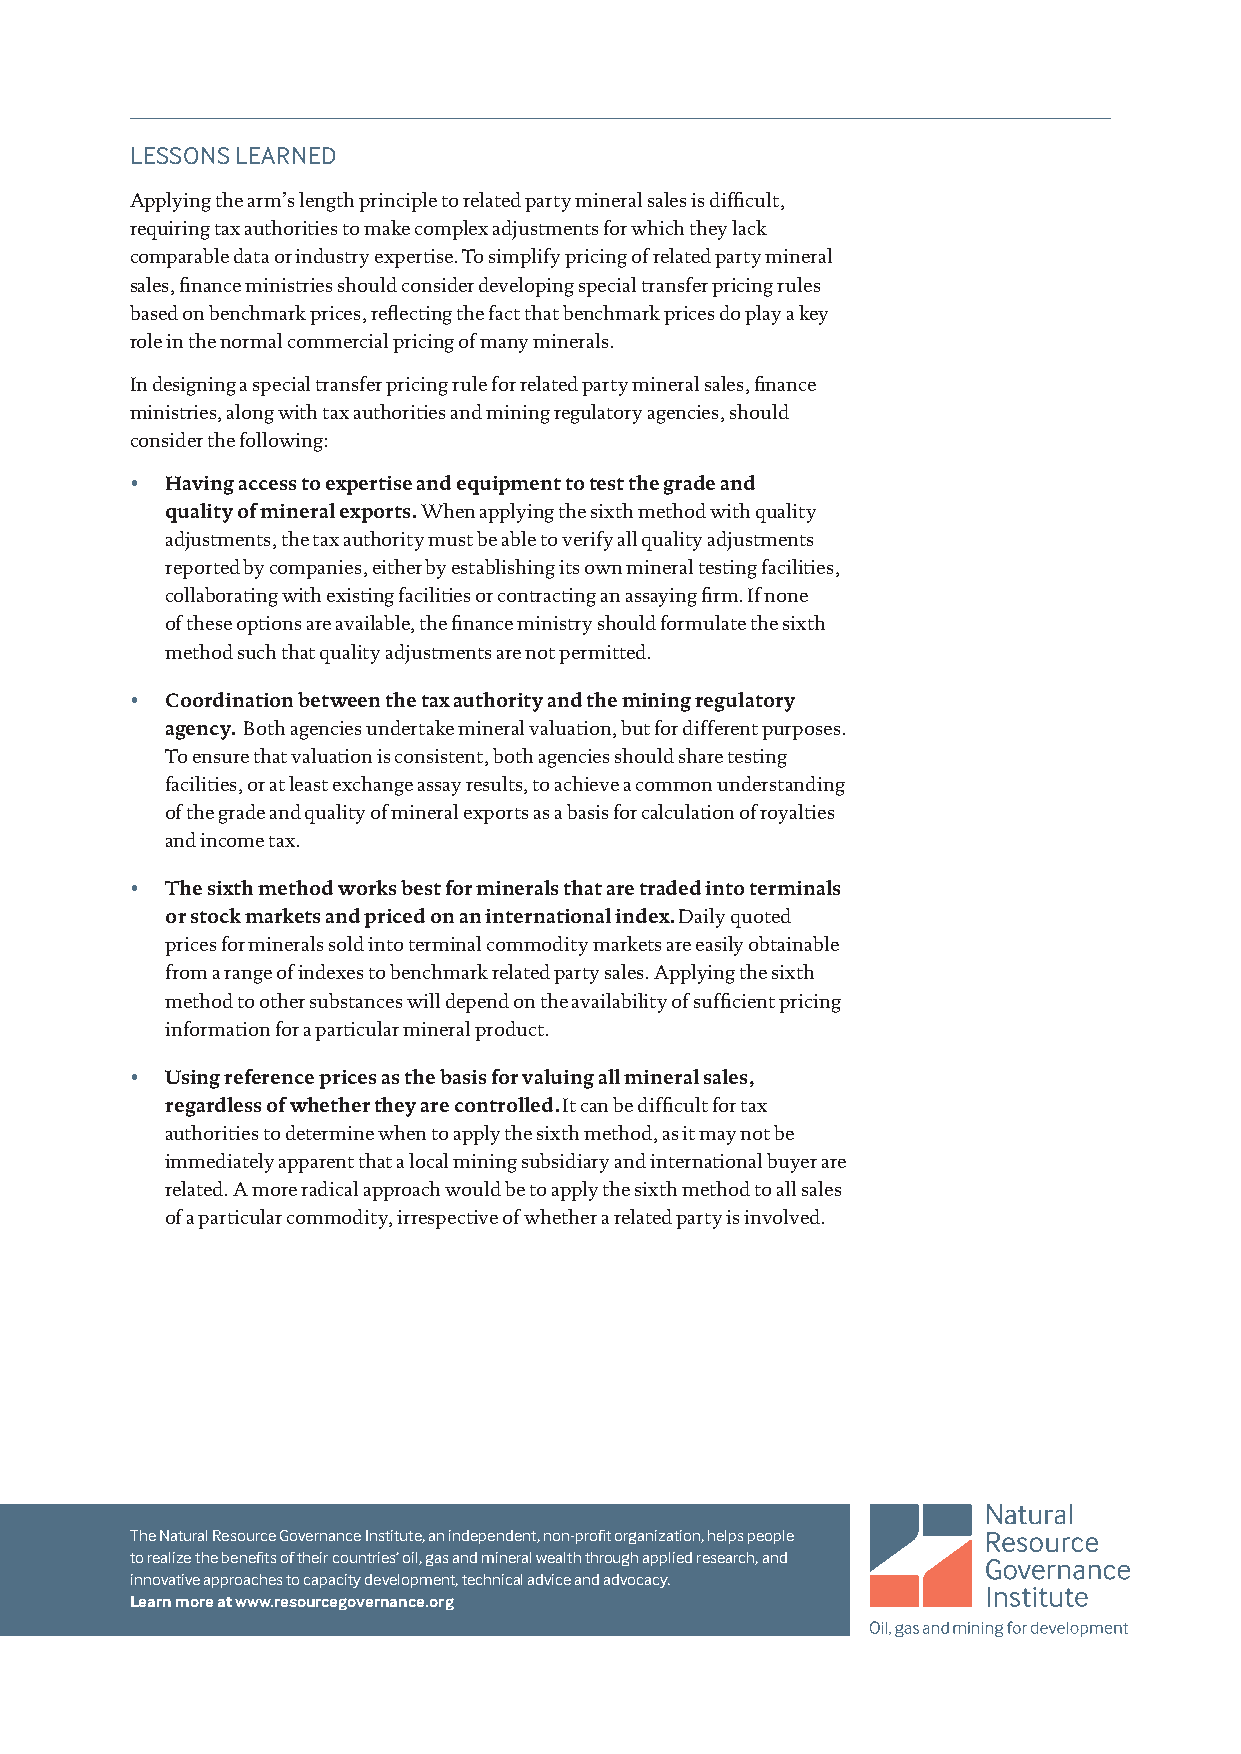
LESSONS LEARNED
 Applying the arm’s length principle to related party mineral sales is difficult,
 requiring tax authorities to make complex adjustments for which they lack
 comparable data or industry expertise. To simplify pricing of related party mineral
 sales, finance ministries should consider developing special transfer pricing rules
 based on benchmark prices, reflecting the fact that benchmark prices do play a key
 role in the normal commercial pricing of many minerals.
 In designing a special transfer pricing rule for related party mineral sales, finance
 ministries, along with tax authorities and mining regulatory agencies, should
 consider the following:
 • Having access to expertise and equipment to test the grade and
 quality of mineral exports. When applying the sixth method with quality
 adjustments, the tax authority must be able to verify all quality adjustments
 reported by companies, either by establishing its own mineral testing facilities,
 collaborating with existing facilities or contracting an assaying firm. If none
 of these options are available, the finance ministry should formulate the sixth
 method such that quality adjustments are not permitted.
 • Coordination between the tax authority and the mining regulatory
 agency. Both agencies undertake mineral valuation, but for different purposes.
 To ensure that valuation is consistent, both agencies should share testing
 facilities, or at least exchange assay results, to achieve a common understanding
 of the grade and quality of mineral exports as a basis for calculation of royalties
 and income tax.
 • The sixth method works best for minerals that are traded into terminals
 or stock markets and priced on an international index. Daily quoted
 prices for minerals sold into terminal commodity markets are easily obtainable
 from a range of indexes to benchmark related party sales. Applying the sixth
 method to other substances will depend on the availability of sufficient pricing
 information for a particular mineral product.
 • Using reference prices as the basis for valuing all mineral sales,
 regardless of whether they are controlled. It can be difficult for tax
 authorities to determine when to apply the sixth method, as it may not be
 immediately apparent that a local mining subsidiary and international buyer are
 related. A more radical approach would be to apply the sixth method to all sales
 of a particular commodity, irrespective of whether a related party is involved.
 The Natural Resource Governance Institute, an independent, non-profit organization, helps people
 to realize the benefits of their countries’ oil, gas and mineral wealth through applied research, and
 innovative approaches to capacity development, technical advice and advocacy.
 Learn more at www.resourcegovernance.org